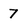
Character: 7